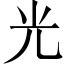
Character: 光